Bombay plague: being a history of the progress of plague in the Bombay presidency from September 1896 to June 1899
Year: 1896
Disease focus: Plague
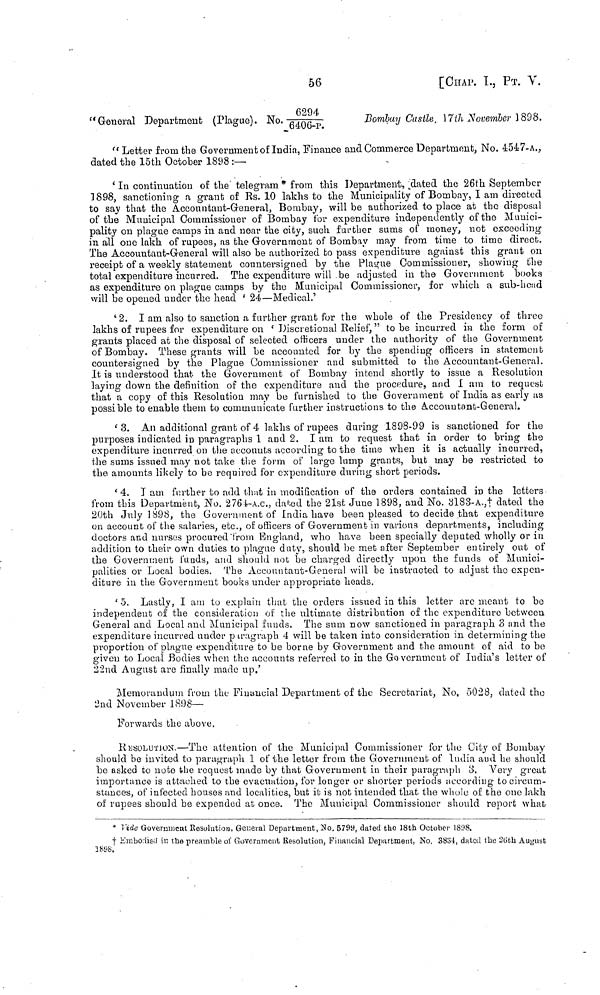
56
[chap. I., ΡT. V.
"General Department (Plague). No. 0294/6496-p. ·
Bombay Castle, 17th November 1898.
" Letter from the Government of India, Finance and Commerce Department, No. 4547-A.,
dated the 15th October 1898 :—
'In continuation of the telegram * from this Department, dated the 26th September
1898, sanctioning a grant of Rs. 10 lakhs to the Municipality of Bombay, I am directed
to say that the Accountant-General, Bombay, will be authorized to place at the disposal
of the Municipal Commissioner of Bombay for expenditure independently of the Munici-
pality on plague camps in and near the city, such further sums of money, not exceeding
in all one lakh of rupees, as the Government of Bombay may from time to time direct.
The Accountant-General will also be authorized to pass expenditure against this grant on
receipt of a weekly statement countersigned by the Plague Commissioner, showing the
total expenditure incurred. The expenditure will be adjusted in the Government books
as expenditure on plague camps by the Municipal Commissioner, for which a sub-head
will be opened under the head ' 24—Medical.'
'2. I am also to sanction a further grant for the whole of the Presidency of three
lakhs of rupees for expenditure on 'Discretional Relief, " to be incurred in the form of
grants placed at the disposal of selected officers under the authority of the Government
of Bombay. These grants will be accounted for by the spending officers in statement
countersigned by the Plague Commissioner and submitted to the Accountaut-General.
It is understood that the Government of Bombay intend shortly to issue a Resolution
laying down the definition of the expenditure and the procedure, and I am to request
that a copy of this Resolution may be furnished to the Government of India as early as
possible to enable them to communicate further instructions to the Accountant-General.
3. An additional grant of 4 lakhs of rupees during 1898-99 is sanctioned for the
purposes indicated in paragraphs 1 and 2. I am to request that in order to bring the
expenditure incurred on the accounts according to the time when it is actually incurred,
the sums issued may not take the form of large lump grants, but may be restricted to
the amounts likely to be required for expenditure during short periods.
'4. I am further to add that in modification of the orders contained in the letters
from this Department, No. 2764-A.c., dated the 21st June 1898, and No. 3183-A., ‡dated the
20th July 1898, the Government of India have been pleased to decide that expenditure
on account of the salaries, etc., of officers of Government· in various departments, including
doctors and nurses procured from England, who have been specially deputed wholly or in
addition to their own duties to plague duty, should be met after September entirely out of
the Government funds, and should not be charged directly upon the funds of Munici-
palities or Local bodies. The Accountant-General will be instructed to adjust the expen-
diture in the Government books under appropriate heads.
5. Lastly, I am to explain that the orders issued in this letter arc meant to be
independent of the consideration of the ultimate distribution of the expenditure between
General and Local and Municipal funds. The sum now sanctioned in paragraph o and the
expenditure incurred under puragraph 4 will be taken into consideration in determining the
proportion of plague expenditure to be borne by Government and the amount of aid to be
given to Local Bodies when the accounts referred to in the Government of India's letter of
22nd August are finally made up.'
Memorandum from the Financial Department of the Secretariat, No, 5028, dated the
2nd November 1898—
Forwards the above.
RESOLUTION.—The attention of the Municipal Commissioner for the City of Bombay
should be invited to paragraph 1 of the letter from the Government of India and he should
be asked to note the request made by that Government in their paragraph 3. "Very great
importance is attached to the evacuation, for longer or shorter periods according to circum-
stances, of infected houses and localities, but it is not intended that the whole of the one lakh
of rupees should be expended at once. The Municipal Commissioner should report what
* Fide Government Resolution, General Department, No. 5799, dated the 18th October 1898.
† Embodied in the preamble of Government Resolution, Financial Department, No. 3834, dated the 26th August
1898.